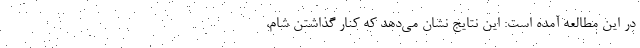
در این مطالعه آمده است: این نتایج نشان می‌دهد که کنار گذاشتن شام،